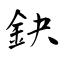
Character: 鈌